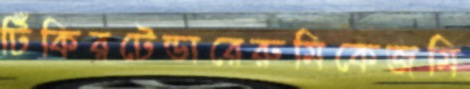
টিঁকিরটেন্ডারেরুমিকেজমি